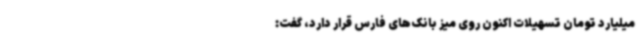
میلیارد تومان تسهیلات اکنون روی میز بانک‌های فارس قرار دارد، گفت: